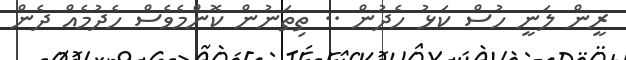
ރީން ލަނީ ހުސް ކަޅު ހެދުން .. ތިތަނުން ކޮންމެވެސް ހެދުމެއް ދެން